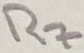
Text: R7